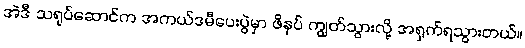
အဲဒီ သရုပ်ဆောင်က အကယ်ဒမီပေးပွဲမှာ ဖိနပ် ကျွတ်သွားလို့ အရှက်ရသွားတယ်။